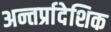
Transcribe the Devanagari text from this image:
अन्तर्प्रादेशिक